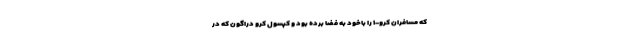
که مسافران کرو-۱ را باخود به فضا برده بود و کپسول کرو دراگون که در